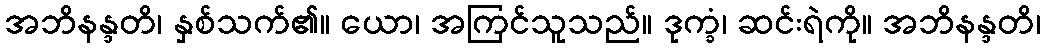
အဘိနန္ဒတိ၊ နှစ်သက်၏။ ယော၊ အကြင်သူသည်။ ဒုက္ခံ၊ ဆင်းရဲကို။ အဘိနန္ဒတိ၊